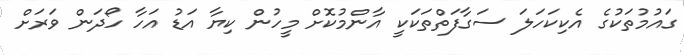
ގައުމުތަކުގެ އެކިކަހަލަ ސަގާފަތްތަކަކީ އާންމުކޮށް މީހުން ކިޔާ އަޑު އަހާ ހޯދަން ވަރަށް